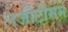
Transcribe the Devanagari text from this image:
लेजीटीमम